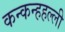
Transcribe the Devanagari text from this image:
कन्कन्हहल्ली